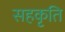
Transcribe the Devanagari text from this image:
सहकृति